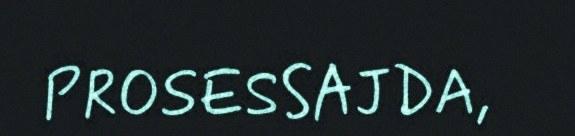
PROSESSAJDA,